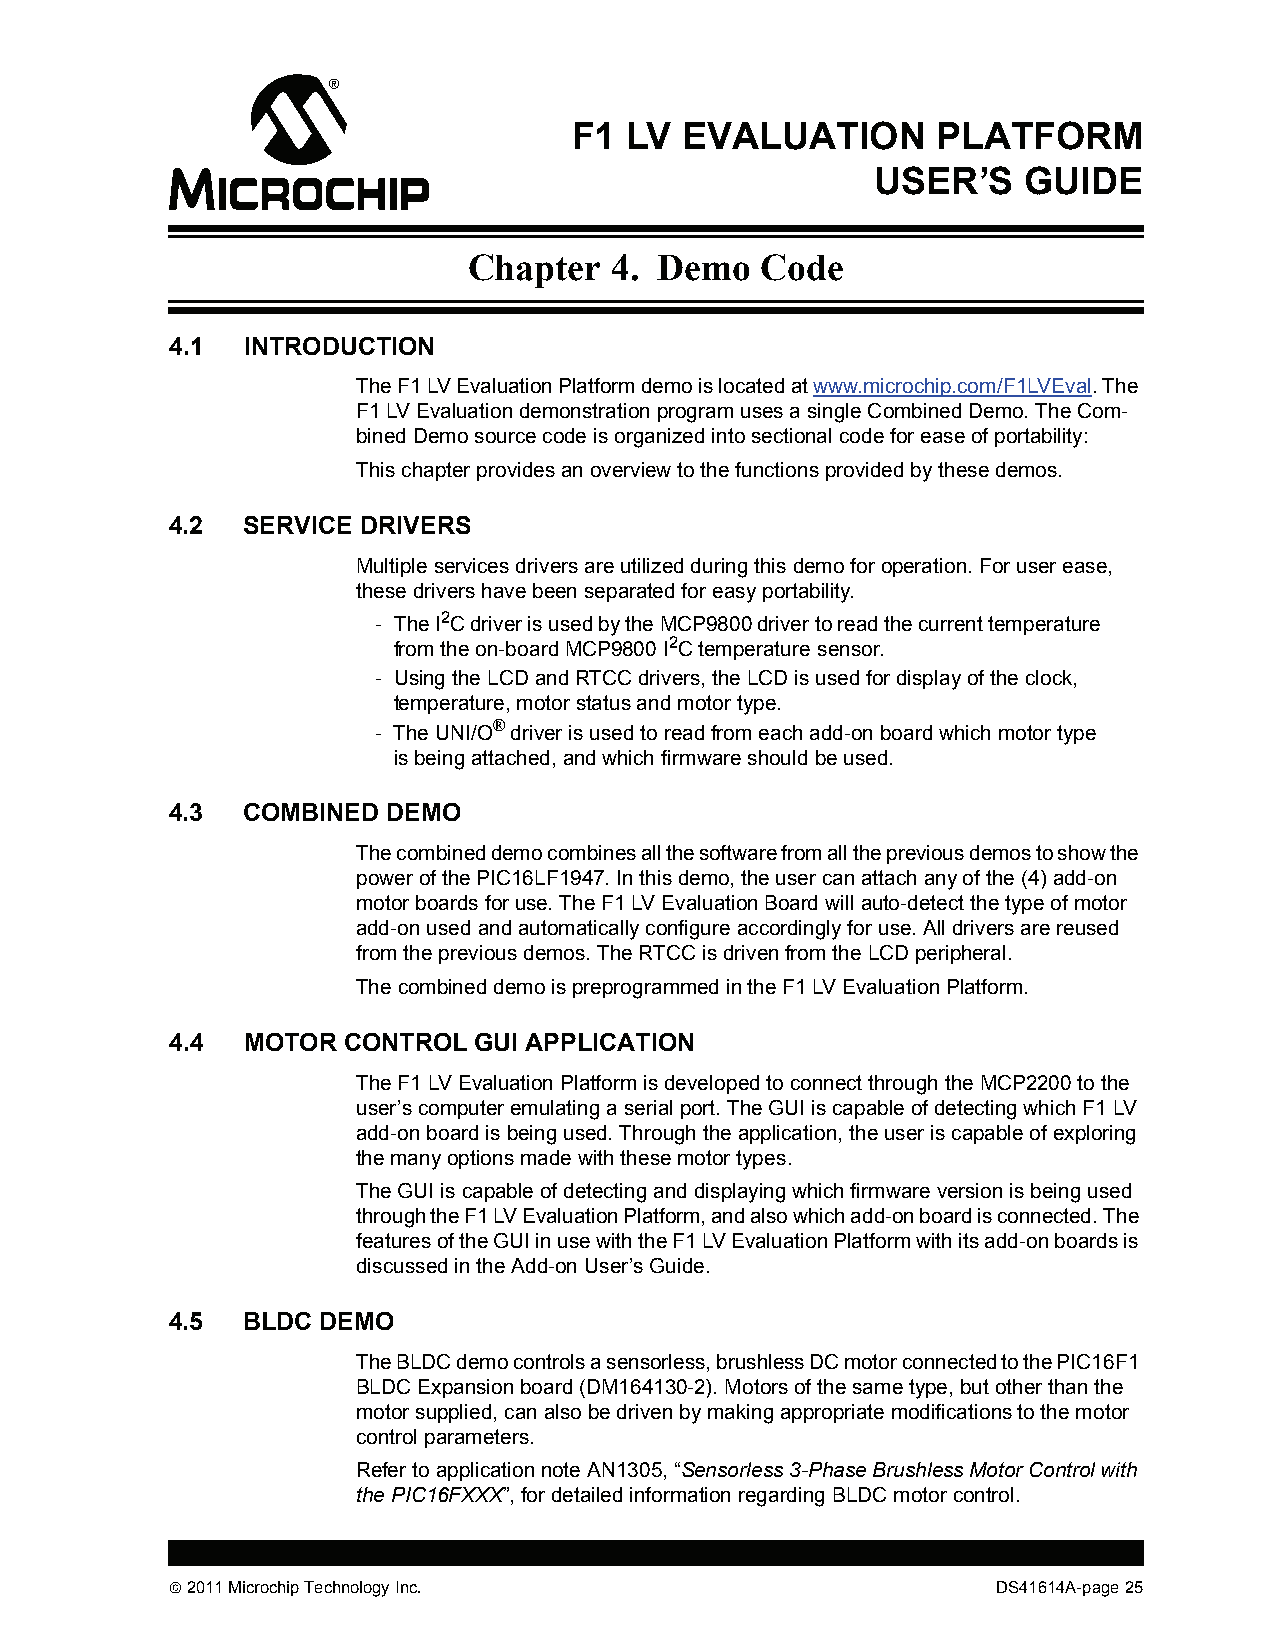
F1 LV  EVALUATION       PLATFORM
 USER’S    GUIDE
 Chapter  4.  Demo  Code
 4.1  INTRODUCTION
 The F1 LV Evaluation Platform demo is located at www.microchip.com/F1LVEval. The
 F1 LV Evaluation demonstration program uses a single Combined Demo. The Com-
 bined Demo source code is organized into sectional code for ease of portability:
 This chapter provides an overview to the functions provided by these demos.
 4.2  SERVICE DRIVERS
 Multiple services drivers are utilized during this demo for operation. For user ease,
 these drivers have been separated for easy portability.
 - The I2C driver is used by the MCP9800 driver to read the current temperature
 from the on-board MCP9800 I2C temperature sensor.
 - Using the LCD and RTCC drivers, the LCD is used for display of the clock,
 temperature, motor status and motor type.
 - The UNI/O® driver is used to read from each add-on board which motor type
 is being attached, and which firmware should be used.
 4.3  COMBINED  DEMO
 The combined demo combines all the software from all the previous demos to show the
 power of the PIC16LF1947. In this demo, the user can attach any of the (4) add-on
 motor boards for use. The F1 LV Evaluation Board will auto-detect the type of motor
 add-on used and automatically configure accordingly for use. All drivers are reused
 from the previous demos. The RTCC is driven from the LCD peripheral.
 The combined demo is preprogrammed in the F1 LV Evaluation Platform.
 4.4  MOTOR  CONTROL GUI APPLICATION
 The F1 LV Evaluation Platform is developed to connect through the MCP2200 to the
 user’s computer emulating a serial port. The GUI is capable of detecting which F1 LV
 add-on board is being used. Through the application, the user is capable of exploring
 the many options made with these motor types.
 The GUI is capable of detecting and displaying which firmware version is being used
 through the F1 LV Evaluation Platform, and also which add-on board is connected. The
 features of the GUI in use with the F1 LV Evaluation Platform with its add-on boards is
 discussed in the Add-on User’s Guide.
 4.5  BLDC DEMO
 The BLDC demo controls a sensorless, brushless DC motor connected to the PIC16F1
 BLDC Expansion board (DM164130-2). Motors of the same type, but other than the
 motor supplied, can also be driven by making appropriate modifications to the motor
 control parameters.
 Refer to application note AN1305, “Sensorless 3-Phase Brushless Motor Control with
 the PIC16FXXX”, for detailed information regarding BLDC motor control.
  2011 Microchip Technology Inc.                       DS41614A-page 25